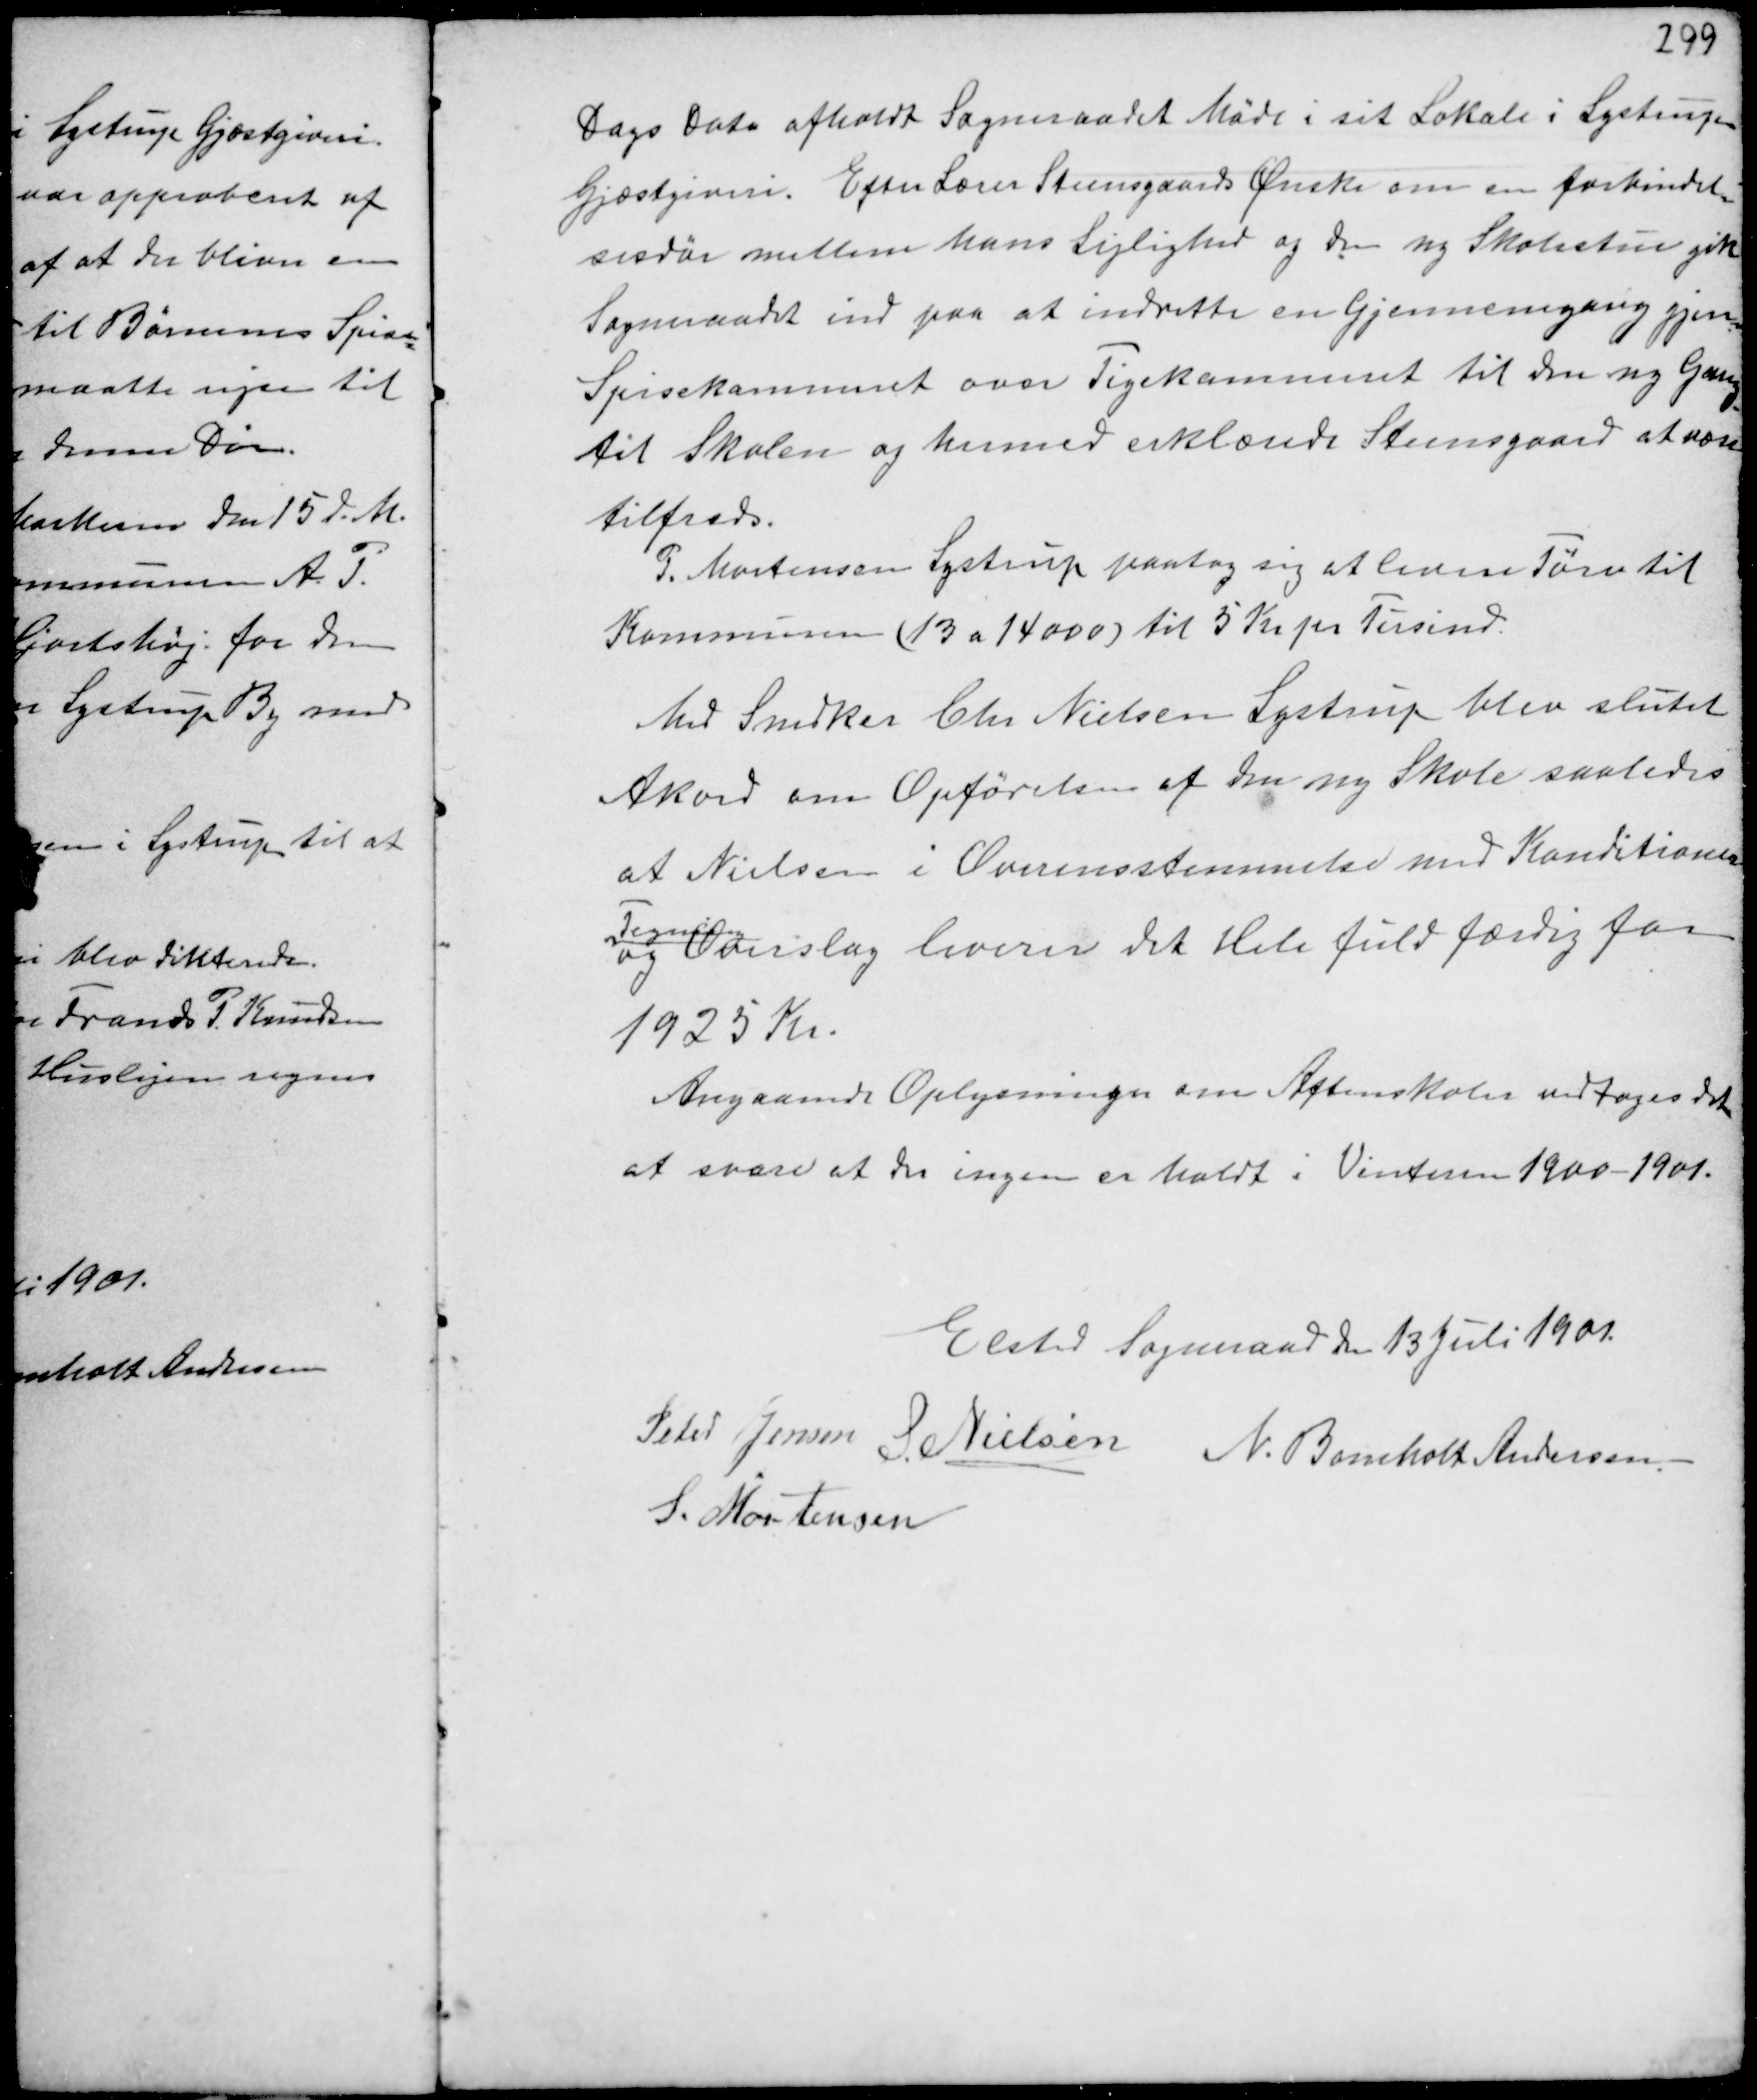
Transskription:
Dags Dato afholdt Sogneraadet Møde i sit Lokale i Lystrup
Gjæstgiveri. Efter Lærer Steensgaards Ønske om en forbindel-
sesdør mellem hans Lejlighed og den ny Skolestue gik
Sogneraadet ind paa at indrette en Gjennemgang gjen-
Spisekammeret over Pigekammeret til den ny Gang
til Skolen og hermed erklærede Steensgaard at være
tilfreds.
P. Mortensen Lystrup paatog sig at levere Tørv til
Kommunen ( 13 a 14000 ) til 5 Kr. pr Tusind.
Med Snedker Chr Nielsen Lystrup blev slutet
Akord om Opførelsen af den ny Skole saaledes
at Nielsen i Overensstemmelse med Konditioner
Tegning
og Overslag leverer det Hele fuld færdig for
1925 Kr.
Angaaende Oplysningen om Aftensskoler vedtoges det
at svare at der ingen er holdt i Vinteren 1900-1901.

Elsted Sogneraade den 13 Juli 1901.
Peter Jensen S. Nielsen N. Bomholt Andersen
S. Mortensen